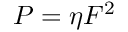
\begin{array} { r } { P = \eta F ^ { 2 } } \end{array}